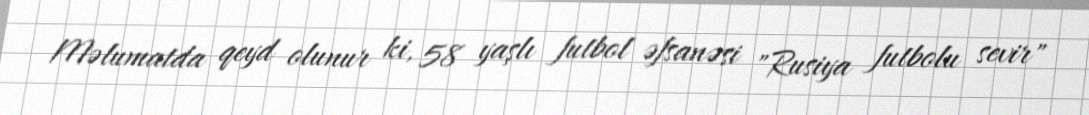
Məlumatda qeyd olunur ki, 58 yaşlı futbol əfsanəsi "Rusiya futbolu sevir"